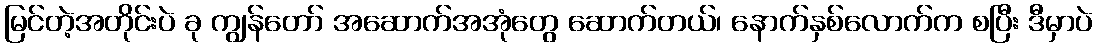
မြင်တဲ့အတိုင်းပဲ ခု ကျွန်တော် အဆောက်အအုံတွေ ဆောက်တယ်၊ နောက်နှစ်လောက်က စပြီး ဒီမှာပဲ